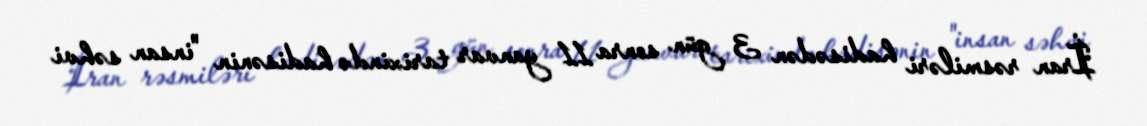
İran rəsmiləri hadisədən 3 gün sonra 11 yanvar tarixində hadisənin "insan səhvi